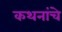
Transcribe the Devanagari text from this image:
कथनांचे